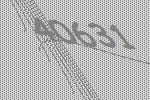
40631